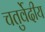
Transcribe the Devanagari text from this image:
चतुर्वेदीय